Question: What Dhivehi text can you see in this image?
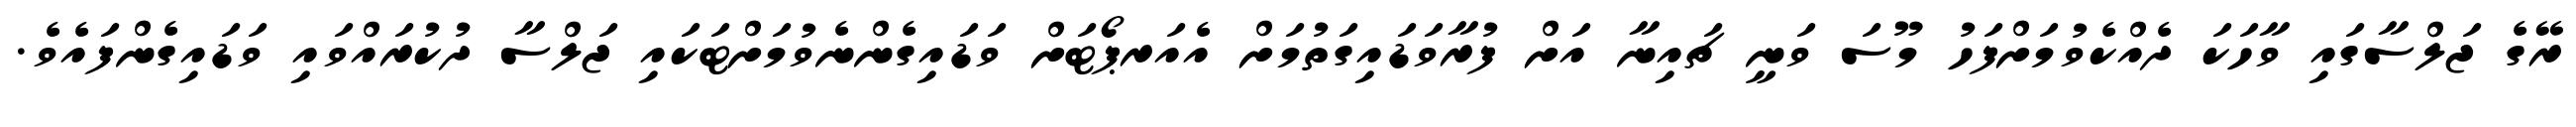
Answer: ރޭގެ ޖަލްސާގައި ވާހަކަ ދެއްކެވުމަށްފަހު މޫސަ ވަނީ ޗައިނާ އަށް ފުރާވަޑައިގަތުމަށް އެއަރޕޯޓަށް ވަޑައިގެންނެވުމަށްޓަކައި ޖަލްސާ ދުކުރައްވައި ވަޑައިގެންފައެވެ.